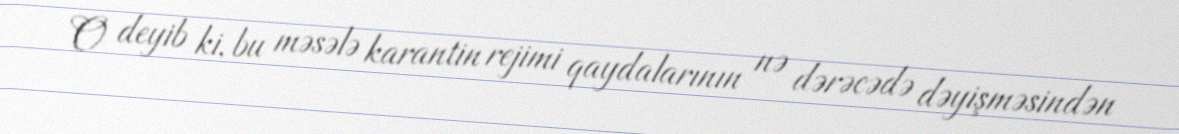
O deyib ki, bu məsələ karantin rejimi qaydalarının nə dərəcədə dəyişməsindən